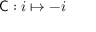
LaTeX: { \mathsf { C } } : i \mapsto - i